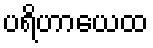
ပရိဟာယေထ